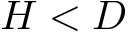
H < D